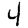
Digit: 4